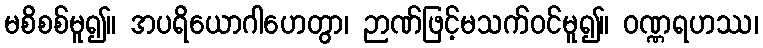
မစိစစ်မူ၍။ အပရိယောဂါဟေတွာ၊ ဉာဏ်ဖြင့်မသက်ဝင်မူ၍။ ဝဏ္ဏရဟဿ၊